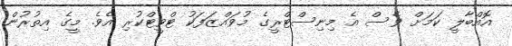
އޮއްބާލީ ކަމަށް ވެސް އެ މިނިސްޓްރީގެ މުވައްޒަފަކު ޓްވީޓްކުރި އެވެ. މީގެ އިތުރުން